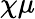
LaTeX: \chi\mu